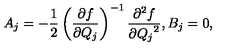
A _ { j } = - \frac { 1 } { 2 } \left( \frac { \partial f } { \partial Q _ { j } } \right) ^ { - 1 } \frac { \partial ^ { 2 } f } { \partial { Q _ { j } } ^ { 2 } } , B _ { j } = 0 ,